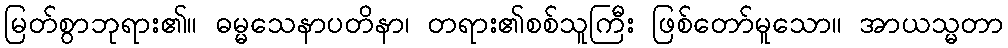
မြတ်စွာဘုရား၏။ ဓမ္မသေနာပတိနာ၊ တရား၏စစ်သူကြီး ဖြစ်တော်မူသော။ အာယသ္မတာ